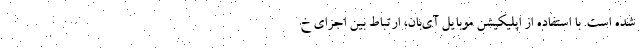
شده است. با استفاده از اپلیکیشن موبایل آی‌بان، ارتباط بین اجزای خ